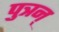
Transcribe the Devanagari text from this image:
पुत्रन्